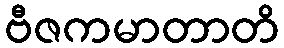
ဗီဇကမာတာတိ